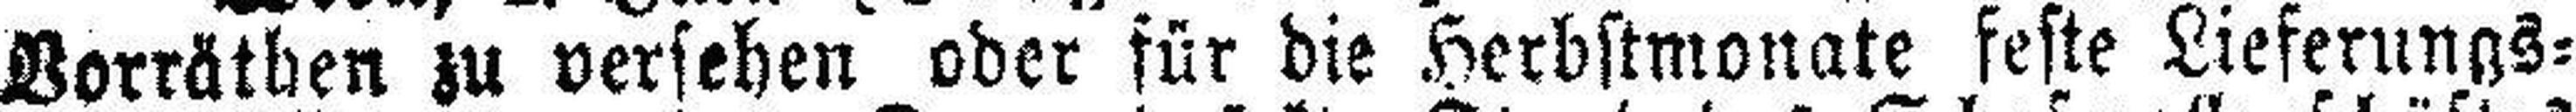
Vorräthen zu versehen oder für die Herbstmonate feste Lieferungs¬